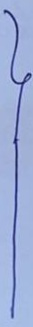
}